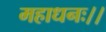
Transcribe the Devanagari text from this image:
महाधनः।।